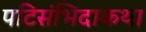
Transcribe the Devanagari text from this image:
पटिसंभिदाकथा